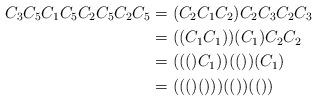
LaTeX: \begin{align*}C_3C_5C_1C_5C_2C_5C_2C_5&=(C_2C_1C_2)C_2C_3C_2C_3\\&=((C_1C_1))(C_1)C_2C_2\\&=((()C_1))(())(C_1)\\&=((()()))(())(())\end{align*}